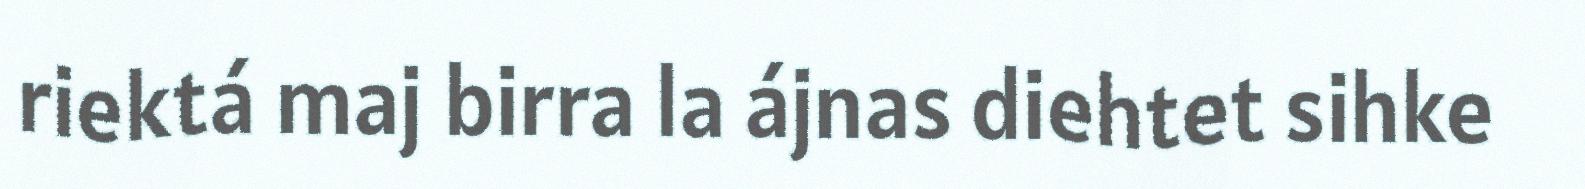
riektá maj birra la ájnas diehtet sihke